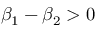
\beta _ { 1 } - \beta _ { 2 } > 0